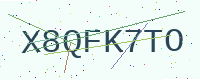
Text: X8QFK7TO